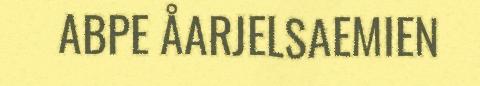
ABPE ÅARJELSAEMIEN